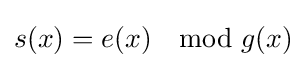
s(x)=e(x)\mod g(x)